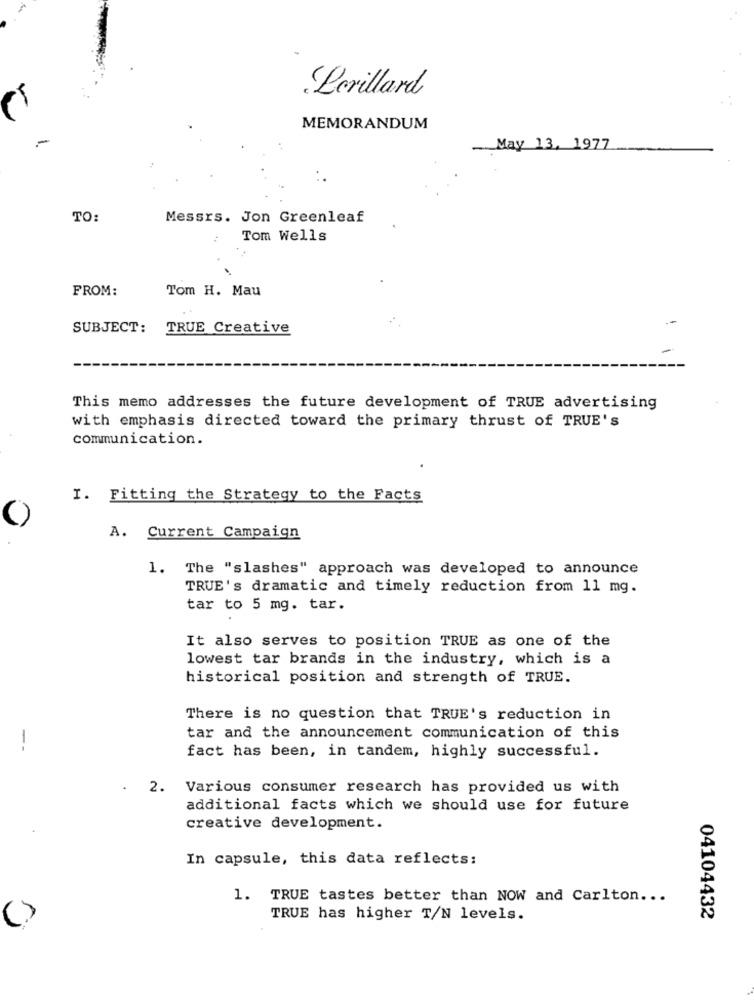
Lerillard
MEMORANDUM
-
- May 13, 1977
TO:
Messrs. Jon Greenleaf
Tom Wells
.
FROM:
Tom H. Mau
SUBJECT:
TRUE Creative
This memo addresses the future development of TRUE advertising
with emphasis directed toward the primary thrust of TRUE's
communication.
I. Fitting the Strategy to the Facts
A. Current Campaign
1. The "slashes" approach was developed to announce
TRUE's dramatic and timely reduction from 11 mg.
tar to 5 mg. tar.
It also serves to position TRUE as one of the
lowest tar brands in the industry, which is a
historical position and strength of TRUE.
There is no question that TRUE's reduction in
tar and the announcement communication of this
--
fact has been, in tandem, highly successful.
2.
Various consumer research has provided us with
additional facts which we should use for future
creative development.
In capsule, this data reflects:
1.
TRUE tastes better than NOW and Carlton ...
TRUE has higher T/N levels.
04104432